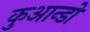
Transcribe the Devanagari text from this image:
कुआन्डो